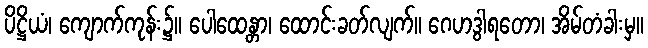
ပိဋ္ဌိယံ၊ ကျောက်ကုန်း၌။ ပေါထေန္တာ၊ ထောင်းခတ်လျက်။ ဂေဟဒွါရတော၊ အိမ်တံခါးမှ။